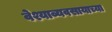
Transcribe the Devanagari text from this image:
वेश्याव्यवसायाच्या